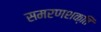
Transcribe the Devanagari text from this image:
समरणशक्ति